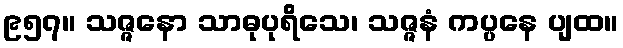
၉၅၇။ သဇ္ဇနော သာဓုပုရိသေ၊ သဇ္ဇနံ ကပ္ပနေ ပျထ။